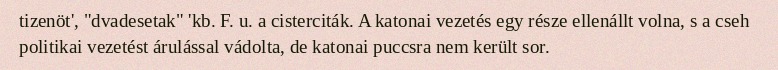
tizenöt', "dvadesetak" 'kb. F. u. a cisterciták. A katonai vezetés egy része ellenállt volna, s a cseh politikai vezetést árulással vádolta, de katonai puccsra nem került sor.